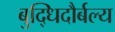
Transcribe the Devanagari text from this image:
बुद्धिदौर्बल्य